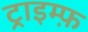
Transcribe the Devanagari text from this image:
ट्राइम्फ़